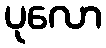
ပုလော